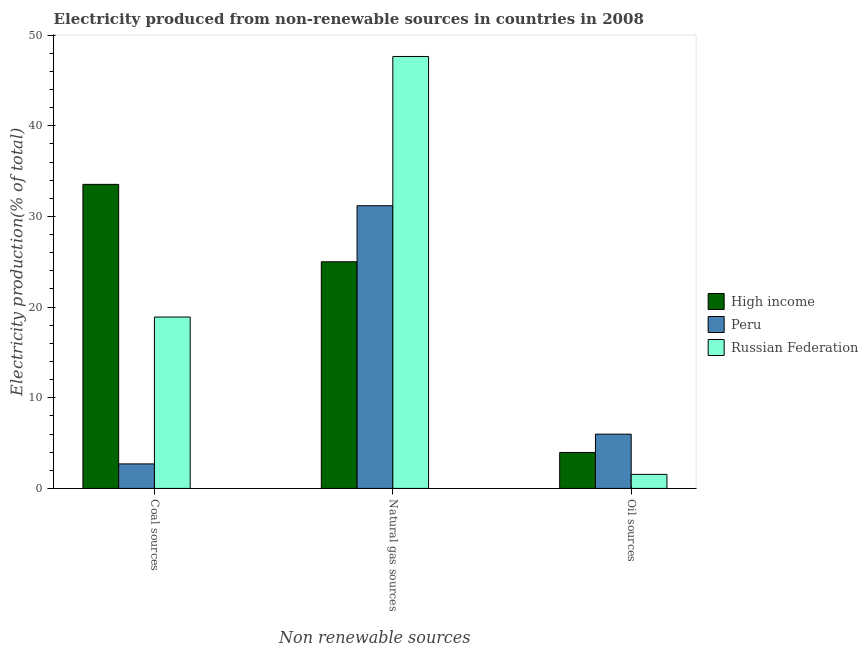
| Non renewable sources | High income | Peru | Russian Federation |
 | --- | --- | --- | --- |
 | Coal sources | 33.5 | 2.7 | 18.9 |
 | Natural gas sources | 25 | 31.2 | 47.6 |
 | Oil sources | 3.97 | 5.99 | 1.55 |